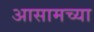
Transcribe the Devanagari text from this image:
अासामच्या